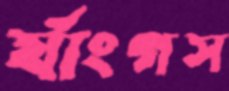
র‍্যাংগস